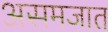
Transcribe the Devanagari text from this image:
असमजात